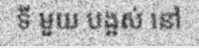
ទី មួយ បង្អស់ នៅ